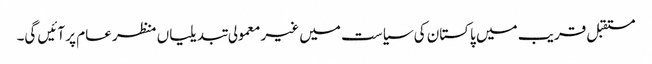
مستقبل قریب میں پاکستان کی سیاست میں غیر معمولی تبدیلیاں منظر عام پر آئیں گی۔